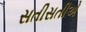
સતીસતીએ